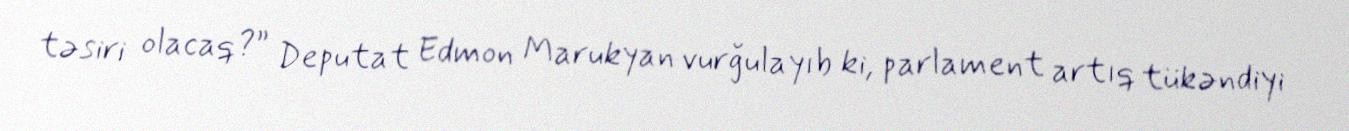
təsiri olacaq?” Deputat Edmon Marukyan vurğulayıb ki, parlament artıq tükəndiyi